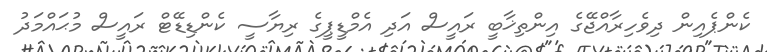
ކެންޕެއިން ދިވެހިރާއްޖޭގެ އިންތިޚާބީ ރައީސް އަދި އެމްޑީޕީގެ ރިޔާސީ ކެންޑިޑޭޓް ރައީސް މުޙައްމަދު